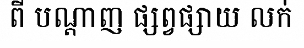
ពី បណ្តាញ ផ្សព្វផ្សាយ លក់